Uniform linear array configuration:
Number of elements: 8
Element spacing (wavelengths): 1
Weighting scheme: uniform
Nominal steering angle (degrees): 30
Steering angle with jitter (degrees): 29.143
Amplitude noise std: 0.05
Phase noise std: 0.05

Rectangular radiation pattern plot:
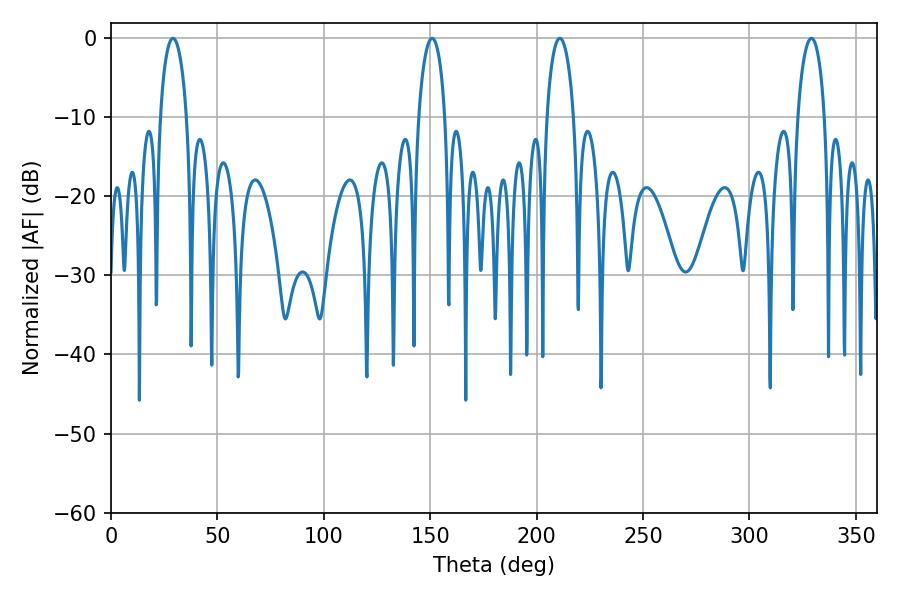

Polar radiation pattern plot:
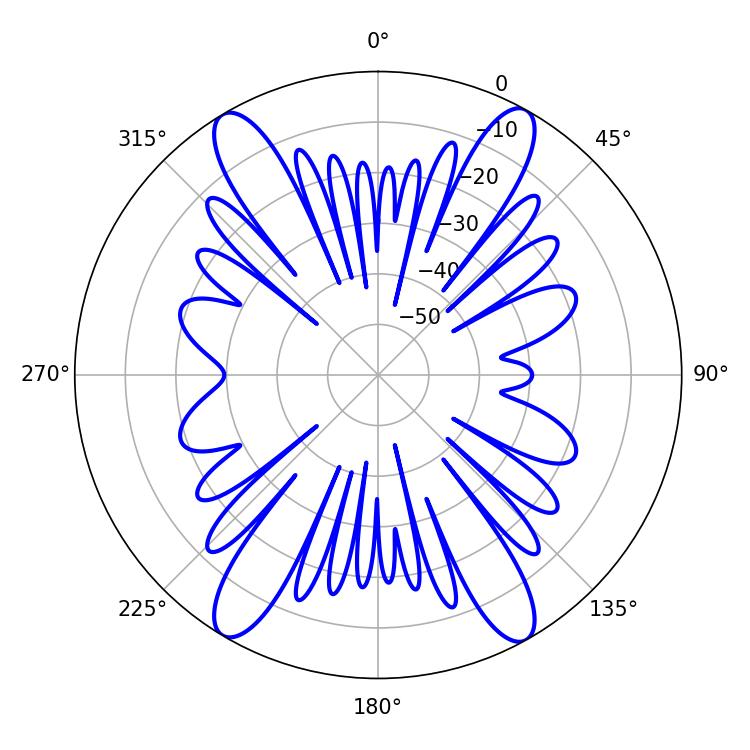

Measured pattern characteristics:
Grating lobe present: TRUE
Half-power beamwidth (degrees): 7.2
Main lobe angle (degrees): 29.16